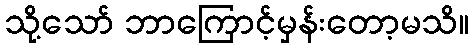
သို့သော် ဘာကြောင့်မှန်းတော့မသိ။